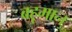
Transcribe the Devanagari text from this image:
बहूमान